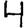
Digit: 4